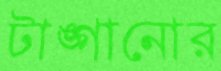
টাঙ্গানোর